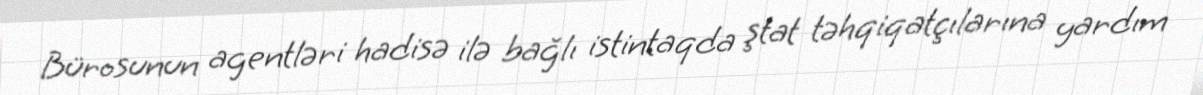
Bürosunun agentləri hadisə ilə bağlı istintaqda ştat təhqiqatçılarına yardım